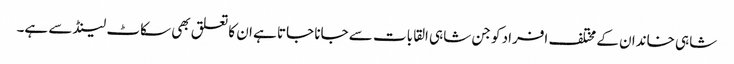
شاہی خاندان کے مختلف افراد کو جن شاہی القابات سے جانا جاتا ہے ان کا تعلق بھی سکاٹ لینڈ سے ہے۔